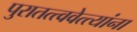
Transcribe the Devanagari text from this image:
पुरातत्त्ववेत्त्यांना